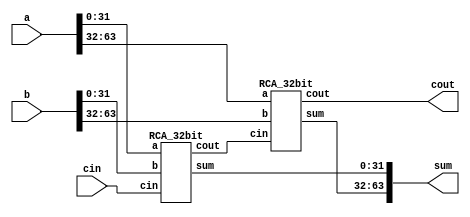
`timescale 1ns / 1ps
//////////////////////////////////////////////////////////////////////////////////
// Company: 
// Engineer: 
// 
// Design Name: 
// Module Name:    RCA_64bit 
// Project Name: 
// Target Devices: 
// Tool versions: 
// Description: 
//
// Dependencies: 
//
// Revision: 
// Revision 0.01 - File Created
// Additional Comments: 
//
//////////////////////////////////////////////////////////////////////////////////
module RCA_64bit(output [63:0] sum, output cout, input [63:0] a, b, input cin
    );

	wire c0;
	
	RCA_32bit FBR0 (sum[31:0], c0, a[31:0], b[31:0], cin);
	RCA_32bit FBR1 (sum[63:32], cout, a[63:32], b[63:32], c0);
endmodule

module RCA_32bit(output [31:0] sum, output cout, input [31:0] a, b, input cin
    );

	wire c0;
	
	RCA_16bit FBR0 (sum[15:0], c0, a[15:0], b[15:0], cin);
	RCA_16bit FBR1 (sum[31:16], cout, a[31:16], b[31:16], c0);

endmodule

module RCA_16bit(output [15:0] sum, output cout, input [15:0] a, b, input cin
    );

	wire c0;
	
	RCA_8bit FBR0 (sum[7:0], c0, a[7:0], b[7:0], cin);
	RCA_8bit FBR1 (sum[15:8], cout, a[15:8], b[15:8], c0);

endmodule

module RCA_8bit(output [7:0] sum, output cout, input [7:0] a, b, input cin
    );

	wire c0;
	
	RCA_4bit FBR0 (sum[3:0], c0, a[3:0], b[3:0], cin);
	RCA_4bit FBR1 (sum[7:4], cout, a[7:4], b[7:4], c0);

endmodule

module RCA_4bit(output [3:0] sum, output cout, input [3:0] a, b, input cin
    );

	wire c0,c1,c2;
	//Use four one bit Full Adders for a 4 bit Full Adder
	FullAdder FA0 (sum[0], c0, a[0], b[0], cin);
	FullAdder FA1 (sum[1], c1, a[1], b[1], c0);
	FullAdder FA2 (sum[2], c2, a[2], b[2], c1);
	FullAdder FA3 (sum[3], cout, a[3], b[3], c2);

endmodule

module FullAdder(
	 output sum, carry, input a, b, cin
    );
	 
	//wires
	wire xor1, and1, and2;
	//gates
	XorGate 	x1 (xor1,a,b);
	XorGate	x2 (sum,xor1,cin);
	and 	(and1, xor1,cin);
	and 	(and2, a,b);
	or 	(carry, and1, and2);

endmodule

module XorGate(output out, input a, b
    );
	wire a0, b0;
	wire and1, and2;
	//inverters
	not (a0, a);
	not (b0, b);
	//Create the output
	and (and1, a0, b);
	and (and2, a, b0);
	or  (out, and1, and2);	//output
	
endmodule